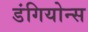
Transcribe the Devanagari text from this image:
डंगियोन्स